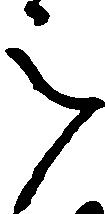
被